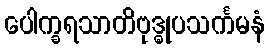
ပေါက္ခရသာတိဗုဒ္ဓုပသင်္ကမနံ